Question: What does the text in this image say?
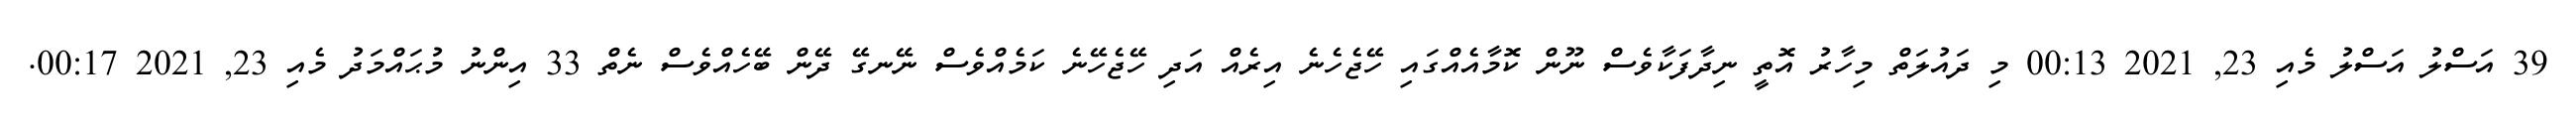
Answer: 39 އަސްލު އަސްލު މެއި 23, 2021 00:13 މި ދައުލަތް މިހާރު އޮތީ ނިދާފަކާވެސް ނޫން ކޮމާއެއްގައި ހޭޖެހެނެ އިރެއް އަދި ހޭޖެހޭނެ ކަމެއްވެސް ނޭނގޭ ދޭން ބޭހެއްވެސް ނެތް 33 އިންނު މުޙައްމަދު މެއި 23, 2021 00:17.